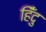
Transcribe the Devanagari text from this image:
हिँदु